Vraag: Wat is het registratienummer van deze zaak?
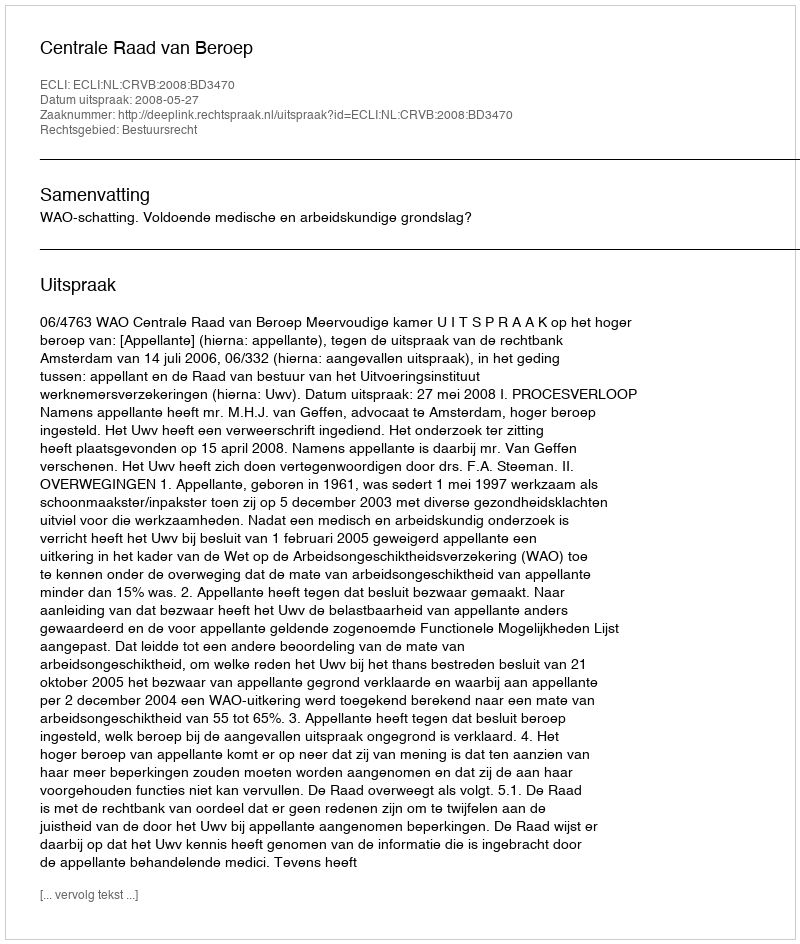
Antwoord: http://deeplink.rechtspraak.nl/uitspraak?id=ECLI:NL:CRVB:2008:BD3470